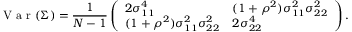
\mathrm { ~ V ~ a ~ r ~ } ( \Sigma ) = \frac { 1 } { N - 1 } \left( \begin{array} { l l } { 2 \sigma _ { 1 1 } ^ { 4 } } & { ( 1 + \rho ^ { 2 } ) \sigma _ { 1 1 } ^ { 2 } \sigma _ { 2 2 } ^ { 2 } } \\ { ( 1 + \rho ^ { 2 } ) \sigma _ { 1 1 } ^ { 2 } \sigma _ { 2 2 } ^ { 2 } } & { 2 \sigma _ { 2 2 } ^ { 4 } } \end{array} \right) .